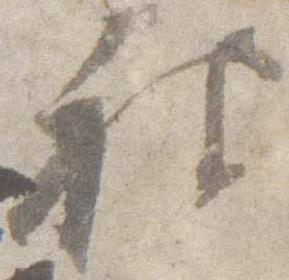
被